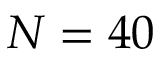
N = 4 0